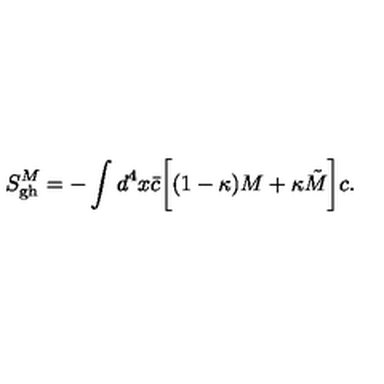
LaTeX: S _ { \mathrm { g h } } ^ { M } = - \int d ^ { 4 } x { \bar { c } } \biggl [ ( 1 - \kappa ) M + \kappa \tilde { M } \biggr ] c .